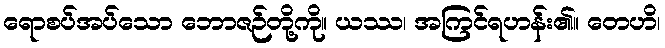
ရောစပ်အပ်သော ဘောဇဉ်တို့ကို။ ယဿ၊ အကြင်ရဟန်း၏။ တေဟိ၊